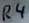
Text: R4